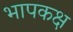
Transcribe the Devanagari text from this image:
भापकक्ष